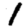
Digit: 1